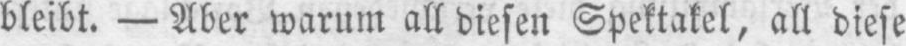
bleibt. - Aber warum all diesen Spektakel, all diese